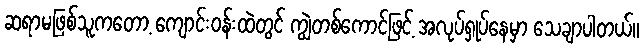
ဆရာမဖြစ်သူကတော့ ကျောင်းဝန်းထဲတွင် ကျွဲတစ်ကောင်ဖြင့် အလုပ်ရှုပ်နေမှာ သေချာပါတယ်။